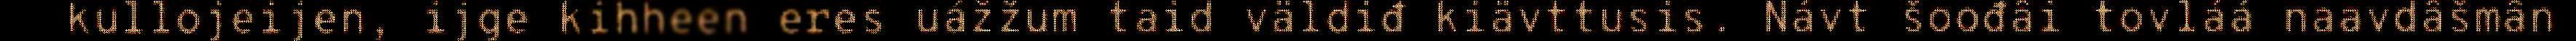
kullojeijen, ijge kihheen eres uážžum taid väldiđ kiävttusis. Návt šoođâi tovláá naavdâšmân